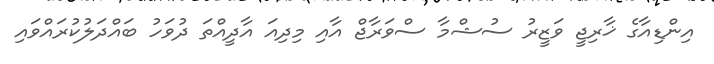
އިންޑިއާގެ ޚާރިޖީ ވަޒީރު ސުޝްމާ ސްވަރާޖް އާއި މިދިއަ އާދީއްތަ ދުވަހު ބައްދަލުކުރައްވައި